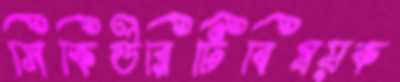
সিকিউরিটিবিষয়ক